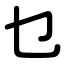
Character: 乜